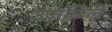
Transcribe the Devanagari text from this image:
उजळिलें